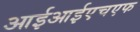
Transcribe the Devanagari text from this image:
आईआईएचएफ